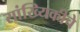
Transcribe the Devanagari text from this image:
सांख्यिकीचे